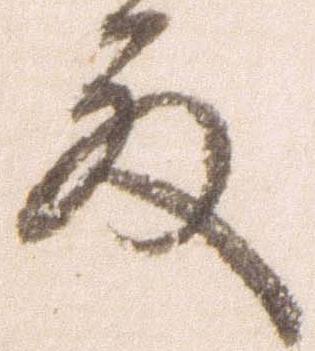
殿